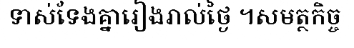
ទាស់ទែងគ្នារៀងរាល់ថ្ងៃ ។សមត្ថកិច្ច